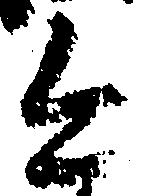
今